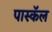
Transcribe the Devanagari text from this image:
पास्कॅल